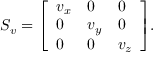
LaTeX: S _ { v } = { \left[ \begin{array} { l l l } { v _ { x } } & { 0 } & { 0 } \\ { 0 } & { v _ { y } } & { 0 } \\ { 0 } & { 0 } & { v _ { z } } \end{array} \right] } .